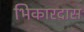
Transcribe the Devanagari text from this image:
भिकारदास